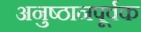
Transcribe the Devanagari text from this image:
अनुष्ठानपूर्वक